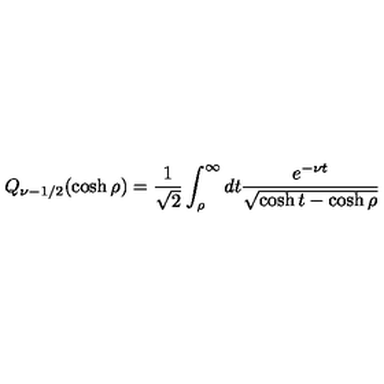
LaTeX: Q _ { \nu - 1 / 2 } ( \cosh \rho ) = \frac 1 { \sqrt { 2 } } \int _ { \rho } ^ { \infty } d t \frac { e ^ { - \nu t } } { \sqrt { \cosh t - \cosh \rho } }